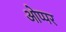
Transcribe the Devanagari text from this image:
ओप्पर